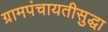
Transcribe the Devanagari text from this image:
ग्रामपंचायतीसुद्धा